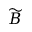
\widetilde { B }